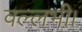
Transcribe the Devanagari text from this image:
वल्लभी।